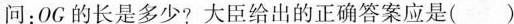
问：OC的长是多少?大臣给出的正确答案应是( )